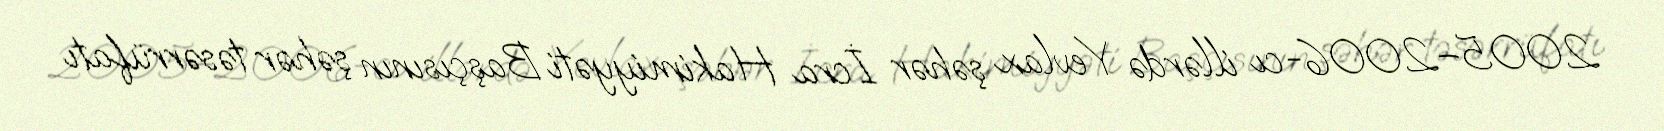
2005–2006-cı illərdə Yevlax şəhər İcra Hakimiyyəti Başçısının şəhər təsərrüfatı